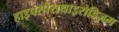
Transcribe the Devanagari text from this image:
हाइपरपैराथाइरोडिज़म